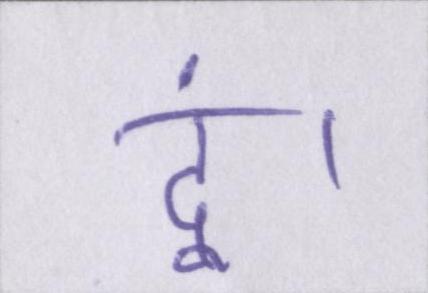
दूं।